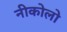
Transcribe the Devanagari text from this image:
नीकोलो